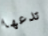
تدعها